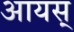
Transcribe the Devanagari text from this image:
आयस्